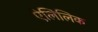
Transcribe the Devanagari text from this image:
ऐलिलिक